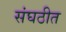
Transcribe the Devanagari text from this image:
संघठीत